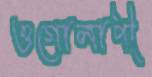
ওগোলাপী